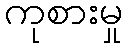
ကုစားမှု